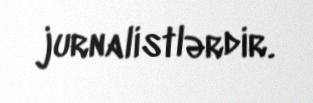
jurnalistlərdir.